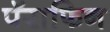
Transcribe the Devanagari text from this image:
पॅराफिन